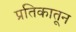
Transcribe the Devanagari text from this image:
प्रतिकातून